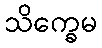
သိက္ခေမ